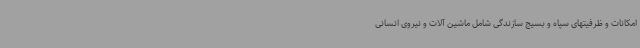
امکانات و ظرفیتهای سپاه و بسیج سازندگی شامل ماشین آلات و نیروی انسانی